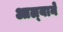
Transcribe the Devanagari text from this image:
आल्‍याने